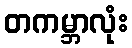
တကမ္ဘာလုံး